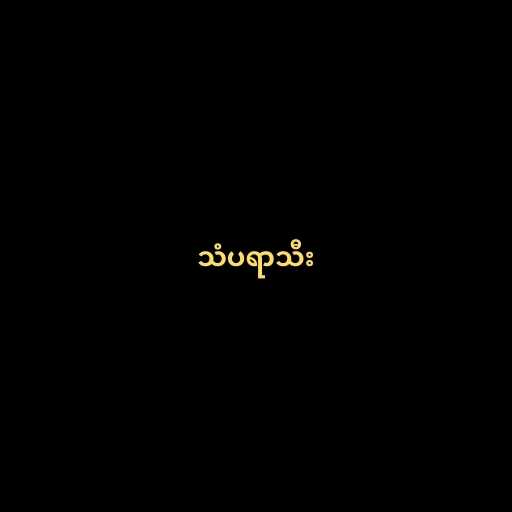
သံပရာသီး